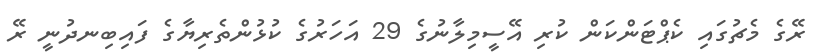
ރޭގެ މެޗުގައި ކެޕްޓަންކަން ކުރި އޭސީމިލާނުގެ 29 އަހަރުގެ ކުޅުންތެރިޔާގެ ފައިބިނދުނީ ރޭ